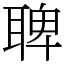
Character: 聛